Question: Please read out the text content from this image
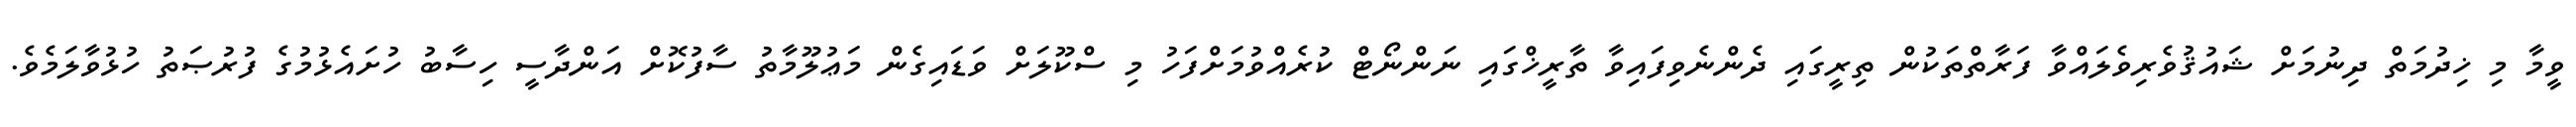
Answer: ވީމާ މި ޚިދުމަތް ދިނުމަށް ޝައުޤުވެރިވެލައްވާ ފަރާތްތަކުން ތިރީގައި ދެންނެވިފައިވާ ތާރީޚްގައި ނަންނޯޓް ކުރެއްވުމަށްފަހު މި ސްކޫލަށް ވަޑައިގެން މަޢުލޫމާތު ސާފުކޮށް އަންދާސީ ހިސާބު ހުށައެޅުމުގެ ފުރުޞަތު ހުޅުވާލަމެވެ.